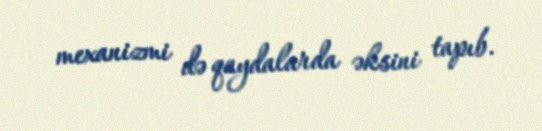
mexanizmi də qaydalarda əksini tapıb.